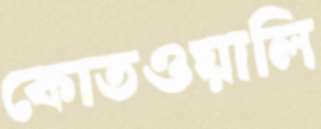
কোতওয়ালি